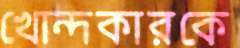
খোন্দকারকে